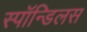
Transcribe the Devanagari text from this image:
स्पॉन्डिलस